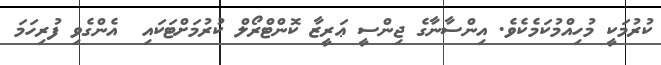
ކުރުމަކީ މުހިއްމުކަމެކެވެ. އިންސާނާގެ ޖިންސީ ޢަރީޒާ ކޮންޓްރޯލް ކުރުމަށްޓަކައި  އެންގެވި ފުރިހަމަ